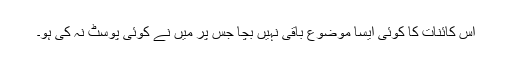
اس کائنات کا کوئی ایسا موضوع باقی نہیں بچا جس پر میں نے کوئی پوسٹ نہ کی ہو۔